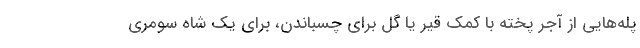
پله‌هایی از آجر پخته با کمک قیر یا گل برای چسباندن، برای یک شاه سومری